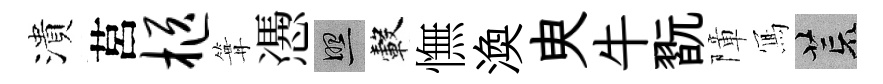
潰莒柩篝慿照轂憮渙㬰牛翫障𭂁荒